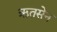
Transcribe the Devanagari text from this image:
ऋतसेन